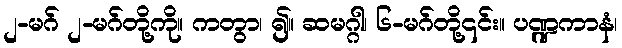
၂-မဂ် ၂-မဂ်တို့ကို။ ကတွာ၊ ၍။ ဆမဂ္ဂါ၊ ၆-မဂ်တို့၎င်း။ ပဏ္ဍကာနံ၊